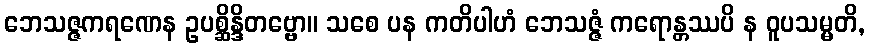
ဘေသဇ္ဇကရဏေန ဥပစ္ဆိန္ဒိတဗ္ဗော။ သစေ ပန ကတိပါဟံ ဘေသဇ္ဇံ ကရောန္တဿပိ န ဝူပသမ္မတိ,